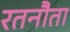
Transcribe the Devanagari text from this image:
रतनौता